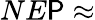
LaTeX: NE\mathsf{P}\approx